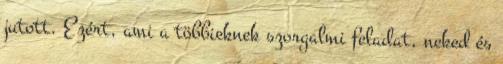
jutott. Ezért, ami a többieknek szorgalmi feladat, neked és